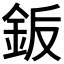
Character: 𬫋